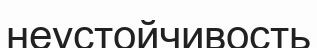
неустойчивость